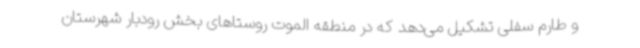
و طارم سفلی تشکیل می‌دهد که در منطقه الموت روستاهای بخش رودبار شهرستان